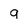
Character: 9